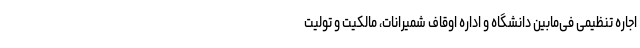
اجاره تنظیمی فی‌ما‌بین دانشگاه و اداره اوقاف شمیرانات، مالکیت و تولیت